Vaccination in Bombay 1869-1873 - 1869-1873
Year: 1869
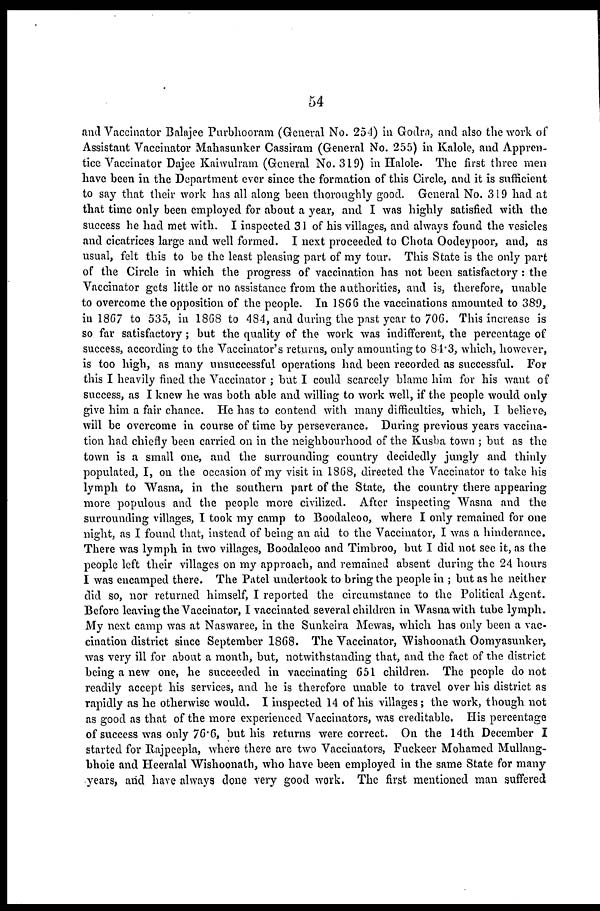
54
and Vaccinator Balajee Purbhooram (General No. 254) in Godra, and also the work of
Assistant Vaccinator Mahasunker Cassiram (General No. 255) in Kalole, and Appren-
tice Vaccinator Dajee Kaiwulram (General No. 319) in Halole. The first three men
have been in the Department ever since the formation of this Circle, and it is sufficient
to say that their work has all along been thoroughly good. General No. 319 had at
that time only been employed for about a year, and I was highly satisfied with the
success he had met with. I inspected 31 of his villages, and always found the vesicles
and cicatrices large and well formed. I next proceeded to Chota Oodeypoor, and, as
usual, felt this to be the least pleasing part of my tour. This State is the only part
of the Circle in which the progress of vaccination has not been satisfactory : the
Vaccinator gets little or no assistance from the authorities, and is, therefore, unable
to overcome the opposition of the people. In 1866 the vaccinations amounted to 389,
in 1867 to 535, in 1868 to 484, and during the past year to 706. This increase is
so far satisfactory; but the quality of the work was indifferent, the percentage of
success, according to the Vaccinator's returns, only amounting to 84.3, which, however,
is too high, as many unsuccessful operations had been recorded as successful. For
this I heavily fined the Vaccinator ; but I could scarcely blame him for his want of
success, as I knew he was both able and willing to work well, if the people would only
give him a fair chance. He has to contend with many difficulties, which, I believe,
will be overcome in course of time by perseverance. During previous years vaccina-
tion had chiefly been carried on in the neighbourhood of the Kusba town ; but as the
town is a small one, and the surrounding country decidedly jungly and thinly
populated, I, on the occasion of my visit in 1868, directed the Vaccinator to take his
lymph to Wasna, in the southern part of the State, the country there appearing
more populous and the people more civilized. After inspecting Wasna and the
surrounding villages, I took my camp to Boodaleoo, where I only remained for one
night, as I found that, instead of being an aid to the Vaccinator, I was a hinderance.
There was lymph in two villages, Boodaleoo and Timbroo, but I did not see it, as the
people left their villages on my approach, and remained absent during the 24 hours
I was encamped there. The Patel undertook to bring the people in ; but as he neither
did so, nor returned himself, I reported the circumstance to the Political Agent.
Before leaving the Vaccinator, I vaccinated several children in Wasna with tube lymph.
My next camp was at Naswaree, in the Sunkeira Mewas, which has only been a vac-
cination district since September 1868. The Vaccinator, Wishoonath Oomyasunker,
was very ill for about a month, but, notwithstanding that, and the fact of the district
being a new one, he succeeded in vaccinating 651 children. The people do not
readily accept his services, and he is therefore unable to travel over his district as
rapidly as he otherwise would. I inspected 14 of his villages; the work, though not
as good as that of the more experienced Vaccinators, was creditable. His percentage
of success was only 76.6, but his returns were correct. On the 14th December I
started for Rajpeepla, where there are two Vaccinators, Fuckeer Mohamed Mullang-
bhoie and Heeralal Wishoonath, who have been employed in the same State for many
years, and have always done very good work. The first mentioned man suffered